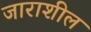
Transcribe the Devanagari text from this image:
जाराशील